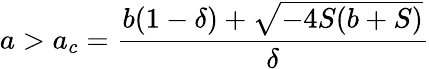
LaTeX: a>a_{c}=\frac{b(1-\delta)+\sqrt{-4S(b+S)}}{\delta}